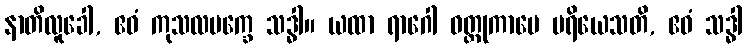
နာတိလူခေါ, ဧဝံ ကုသလပက္ခေ သဒ္ဓါ။ ယထာ ရာဂေါ ဝတ္ထုကာမေ ပရိယေသတိ, ဧဝံ သဒ္ဓါ